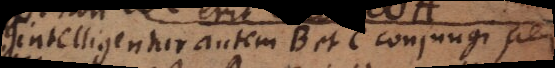
Intelligentur autem B et C conjungi per